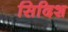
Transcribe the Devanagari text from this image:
सिदिश